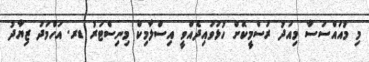
މި މުއައްސަސާ މިއަދު ރަސްމީކޮށް ހުޅުވައިދެއްވީ އިސްލާމިކް މިނިސްޓަރު ޑރ. އަހްމަދު ޒިޔާދު